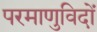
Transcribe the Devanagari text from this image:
परमाणुविदों